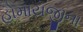
હોમાયજીના